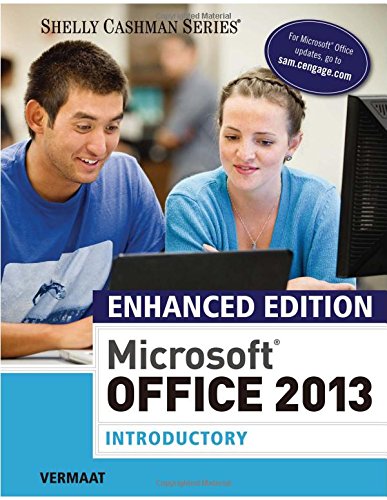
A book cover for Enhanced Microsoft Office 2013: Introductory (Microsoft Office 2013 Enhanced Editions); Misty E. Vermaat; Computers & Technology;